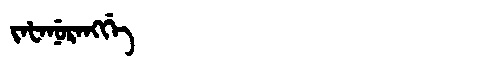
Manchu: ᠵᠠᡶᠠᠨᡠᡵᠠᠩᡤᡝ
Romanization: JAFANURANGGE